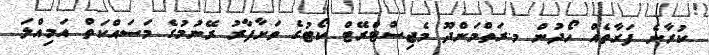
ކުރާނެ ފަރާތެއް ހޯދުން މ.ރަތްމަންދޫ މެޖިސްޓްރޭޓް ކޯޓުގެ ވަށާފާރު ރޭނުމުގެ މަސައްކަތް އަމިއްލަ